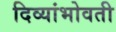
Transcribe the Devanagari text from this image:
दिव्यांभोवती